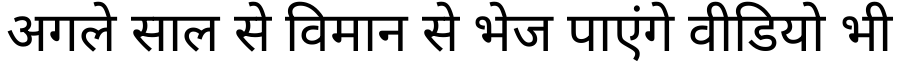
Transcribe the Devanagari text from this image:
अगले साल से विमान से भेज पाएंगे वीडियो भी